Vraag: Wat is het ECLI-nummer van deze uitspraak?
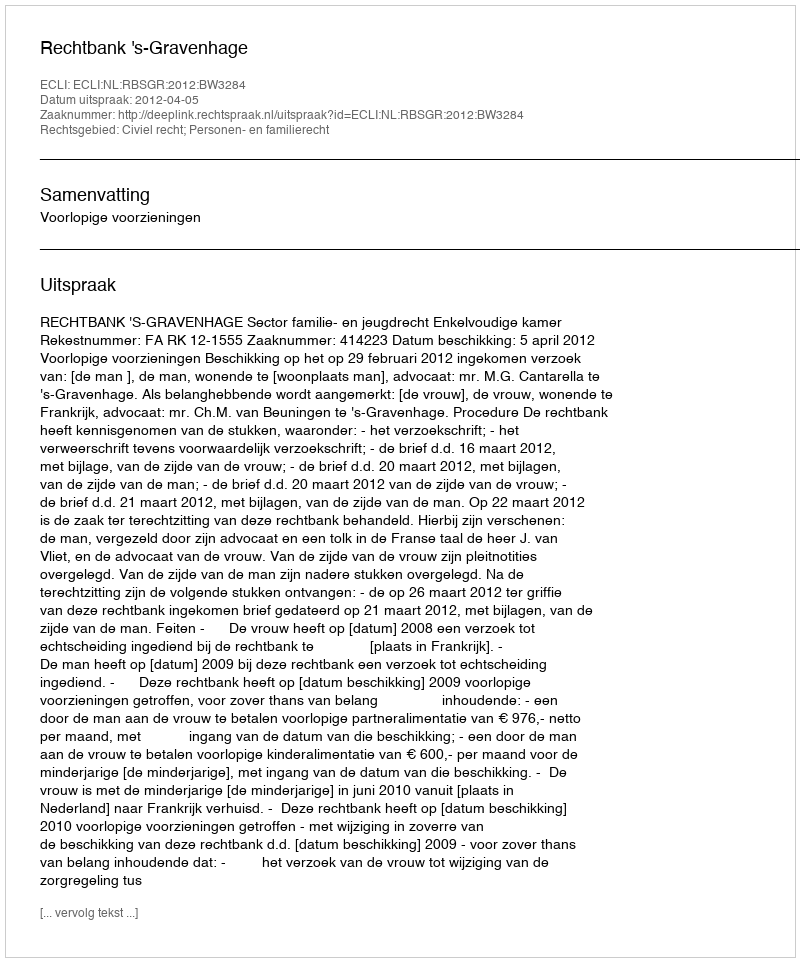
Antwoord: ECLI:NL:RBSGR:2012:BW3284